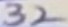
Text: 32